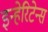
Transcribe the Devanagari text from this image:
इन्हेरिटेन्स